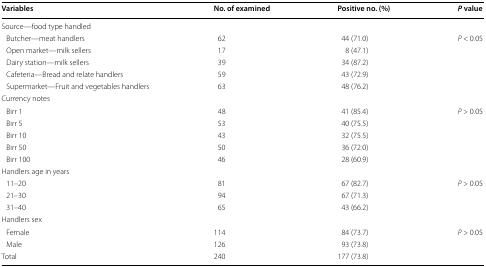
| Variables | No. of examined | Positive no. (%) | P value |
 | --- | --- | --- | --- |
 | <COLSPAN=4> Source—food type handled |
 | Butcher—meat handlers | 62 | 44 (71.0) | <ROWSPAN=5> P < 0.05 |
 | Open market—milk sellers | 17 | 8 (47.1) |
 | Dairy station—milk sellers | 39 | 34 (87.2) |
 | Cafeteria—Bread and relate handlers | 59 | 43 (72.9) |
 | Supermarket—Fruit and vegetables handlers | 63 | 48 (76.2) |
 | <COLSPAN=4> Currency notes |
 | Birr 1 | 48 | 41 (85.4) | <ROWSPAN=5> P > 0.05 |
 | Birr 5 | 53 | 40 (75.5) |
 | Birr 10 | 43 | 32 (75.5) |
 | Birr 50 | 50 | 36 (72.0) |
 | Birr 100 | 46 | 28 (60.9) |
 | <COLSPAN=4> Handlers age in years |
 | 11–20 | 81 | 67 (82.7) | P > 0.05 |
 | 21–30 | 94 | 67 (71.3) |  |
 | 31–40 | 65 | 43 (66.2) |  |
 | <COLSPAN=4> Handlers sex |
 | Female | 114 | 84 (73.7) | P > 0.05 |
 | Male | 126 | 93 (73.8) |  |
 | Total | 240 | 177 (73.8) |  |